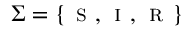
\Sigma = \{ \textsc { s } , \textsc { i } , \textsc { r } \}